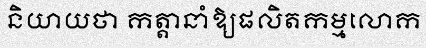
និយាយថា កត្តានាំឱ្យផលិតកម្មលោក